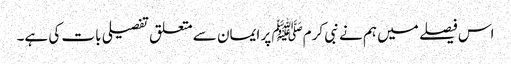
اس فیصلے میں ہم نے نبی کرمﷺ پر ایمان سے متعلق تفصیلی بات کی ہے۔